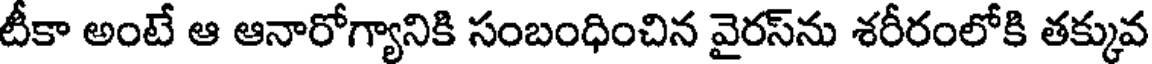
టీకా అంటే ఆ ఆనారోగ్యానికి సంబంధించిన వైరస్ను శరీరంలోకి తక్కువ